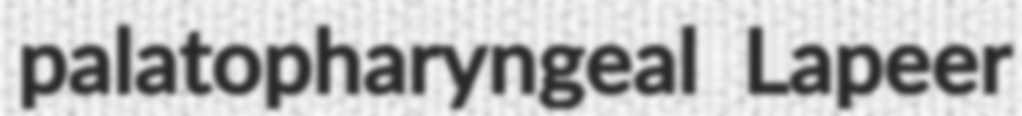
palatopharyngeal Lapeer